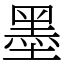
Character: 墨